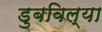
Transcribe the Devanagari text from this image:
डुबविल्या